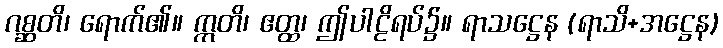
ဂစ္ဆတိ၊ ရောက်၏။ ဣတိ၊ ဧတ္ထ၊ ဤပါဠိရပ်၌။ ရာသဋ္ဌေန (ရာသိ+အဋ္ဌေန)